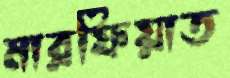
মারফিয়াত